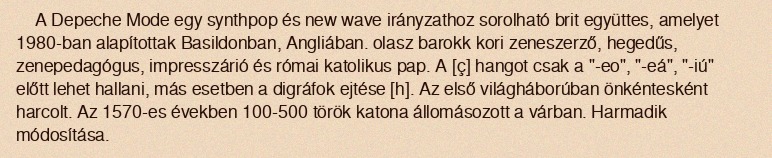
A Depeche Mode egy synthpop és new wave irányzathoz sorolható brit együttes, amelyet 1980-ban alapítottak Basildonban, Angliában. olasz barokk kori zeneszerző, hegedűs, zenepedagógus, impresszárió és római katolikus pap. A [ç] hangot csak a "-eo", "-eá", "-iú" előtt lehet hallani, más esetben a digráfok ejtése [h]. Az első világháborúban önkéntesként harcolt. Az 1570-es években 100-500 török katona állomásozott a várban. Harmadik módosítása.